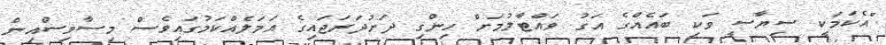
"އެކަމަކީ ސިޔާސީ ވަކި ބައެއްގެ އަގު ވައްޓާލުމަށް ހިންގި ދަށުދަރަޖައިގެ އަމަލެއްކަމުގައިވެސް މިސާވިސްއިން